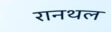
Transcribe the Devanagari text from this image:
रानथल